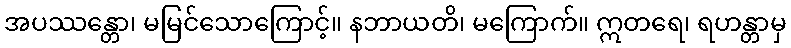
အပဿန္တော၊ မမြင်သောကြောင့်။ နဘာယတိ၊ မကြောက်။ ဣတရေ၊ ရဟန္တာမှ